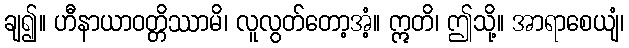
ချ၍။ ဟီနာယာဝတ္တိဿာမိ၊ လူလွတ်တော့အံ့။ ဣတိ၊ ဤသို့။ အာရာစေယျံ၊